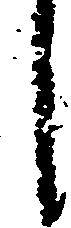
し